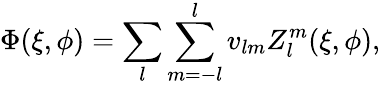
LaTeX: \Phi(\xi,\phi)=\sum_{l}\sum_{m=-l}^{l}v_{lm}Z_{l}^{m}(\xi,\phi),